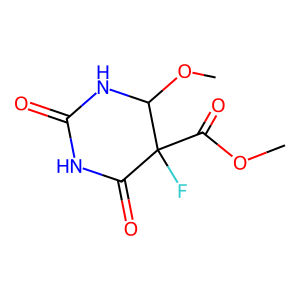
SMILES: COC(=O)C1(F)C(=O)NC(=O)NC1OC
Inhibits HIV replication: No